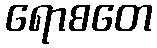
ရောစတေ